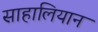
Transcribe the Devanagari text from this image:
साहालियान